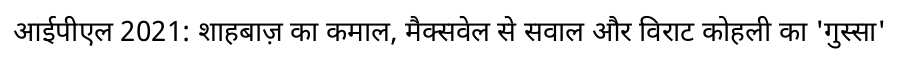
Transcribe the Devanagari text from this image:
आईपीएल 2021: शाहबाज़ का कमाल, मैक्सवेल से सवाल और विराट कोहली का 'गुस्सा'